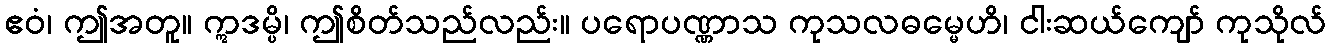
ဧဝံ၊ ဤအတူ။ ဣဒမ္ပိ၊ ဤစိတ်သည်လည်း။ ပရောပဏ္ဏာသ ကုသလဓမ္မေဟိ၊ ငါးဆယ်ကျော် ကုသိုလ်